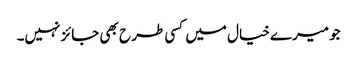
جو میرے خیال میں کسی طر ح بھی جائز نہیں۔